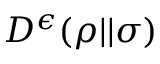
D ^ { \epsilon } ( \rho | | \sigma )